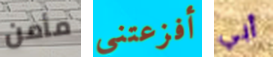
مأمن أفزعتني أبي